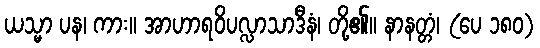
ယသ္မာ ပန၊ ကား။ အာဟာရဝိပလ္လာသာဒီနံ၊ တို့၏။ နာနတ္တံ၊ (ပေ ၁၈၀)